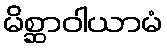
မိစ္ဆာဝါယာမံ